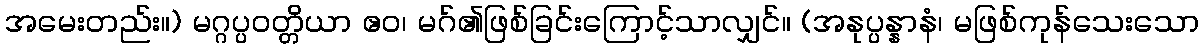
အမေးတည်း။) မဂ္ဂပ္ပဝတ္တိယာ ဧဝ၊ မဂ်၏ဖြစ်ခြင်းကြောင့်သာလျှင်။ (အနုပ္ပန္နာနံ၊ မဖြစ်ကုန်သေးသော